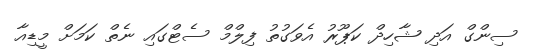
ސިންގް އަދި ޝާހިދް ކަޕޫރު އެވަގުތު ފިލްމް ސެޓްގައި ނެތް ކަމަށް މީޑިއާ